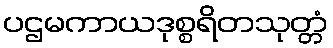
ပဌမကာယဒုစ္စရိတသုတ္တံ